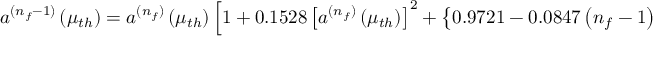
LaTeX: a ^ { ( n _ { f } - 1 ) } \left( \mu _ { t h } \right) = a ^ { ( n _ { f } ) } \left( \mu _ { t h } \right) \left[ 1 + 0 . 1 5 2 8 \left[ a ^ { ( n _ { f } ) } \left( \mu _ { t h } \right) \right] ^ { 2 } + \left\{ 0 . 9 7 2 1 - 0 . 0 8 4 7 \left( n _ { f } - 1 \right) \right\} \left[ a ^ { ( n _ { f } ) } \left( \mu _ { t h } \right) \right] ^ { 3 } \right]